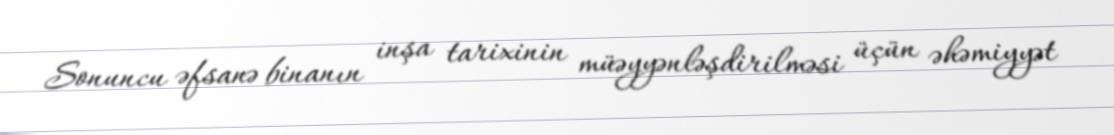
Sonuncu əfsanə binanın inşa tarixinin müəyyənləşdirilməsi üçün əhəmiyyət